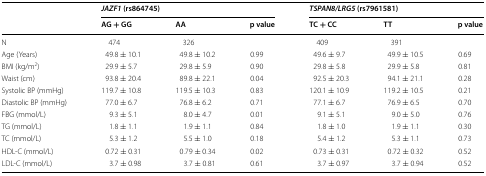
| <ROWSPAN=2>  | <COLSPAN=3> JAZF1 (rs864745) | <COLSPAN=3> TSPAN8/LRG5 (rs7961581) |
 | AG + GG | AA | p value | TC + CC | TT | p value |
 | --- | --- | --- | --- | --- | --- | --- |
 | N | 474 | 326 |  | 409 | 391 |  |
 | Age (Years) | 49.8 ± 10.1 | 49.8 ± 10.2 | 0.99 | 49.6 ± 9.7 | 49.9 ± 10.5 | 0.69 |
 | BMI (kg/m2) | 29.9 ± 5.7 | 29.8 ± 5.9 | 0.90 | 29.8 ± 5.8 | 29.9 ± 5.8 | 0.81 |
 | Waist (cm) | 93.8 ± 20.4 | 89.8 ± 22.1 | 0.04 | 92.5 ± 20.3 | 94.1 ± 21.1 | 0.28 |
 | Systolic BP (mmHg) | 119.7 ± 10.8 | 119.5 ± 10.3 | 0.83 | 120.1 ± 10.9 | 119.2 ± 10.5 | 0.21 |
 | Diastolic BP (mmHg) | 77.0 ± 6.7 | 76.8 ± 6.2 | 0.71 | 77.1 ± 6.7 | 76.9 ± 6.5 | 0.70 |
 | FBG (mmol/L) | 9.3 ± 5.1 | 8.0 ± 4.7 | 0.01 | 9.1 ± 5.1 | 9.0 ± 5.0 | 0.76 |
 | TG (mmol/L) | 1.8 ± 1.1 | 1.9 ± 1.1 | 0.84 | 1.8 ± 1.0 | 1.9 ± 1.1 | 0.30 |
 | TC (mmol/L) | 5.3 ± 1.2 | 5.5 ± 1.0 | 0.18 | 5.4 ± 1.2 | 5.3 ± 1.1 | 0.73 |
 | HDL-C (mmol/L) | 0.72 ± 0.31 | 0.79 ± 0.34 | 0.02 | 0.73 ± 0.31 | 0.72 ± 0.32 | 0.52 |
 | LDL-C (mmol/L) | 3.7 ± 0.98 | 3.7 ± 0.81 | 0.61 | 3.7 ± 0.97 | 3.7 ± 0.94 | 0.52 |